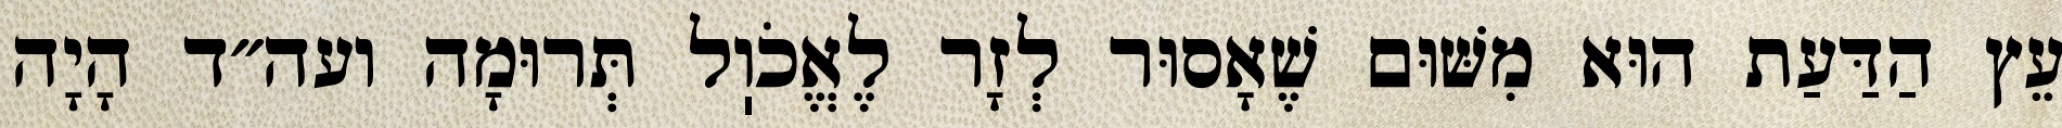
עֵץ הַדַּעַת הוּא מִשּׁוּם שֶׁאָסוּר לְזָר לֶאֱכֹוֽל תְּרוּמָה ועה״ד הָיָה